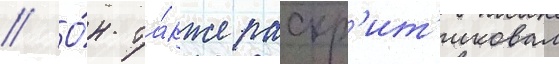
// О́н та́кже раскр'ит'иковал